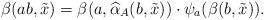
\begin{align*} \beta(ab, \tilde{x})&=\beta(a, \widehat{\alpha}_A(b, \tilde{x}))\cdot \psi_a(\beta(b, \tilde{x})).\end{align*}